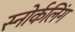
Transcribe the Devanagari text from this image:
स्‍नोर्कलिंग